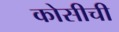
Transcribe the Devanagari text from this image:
कोसीची